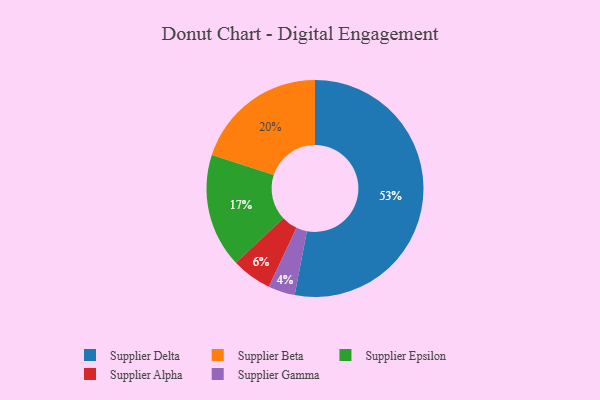
{"axis": {"x": "Category", "y": "Percentage"}, "legend": ["Supplier Alpha", "Supplier Beta", "Supplier Delta", "Supplier Epsilon", "Supplier Gamma"], "data": [{"x": "Supplier Alpha", "y": 6, "type": "Supplier Alpha"}, {"x": "Supplier Epsilon", "y": 17, "type": "Supplier Epsilon"}, {"x": "Supplier Gamma", "y": 4, "type": "Supplier Gamma"}, {"x": "Supplier Delta", "y": 53, "type": "Supplier Delta"}, {"x": "Supplier Beta", "y": 20, "type": "Supplier Beta"}]}